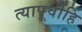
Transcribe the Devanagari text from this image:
त्यापूर्वीहि